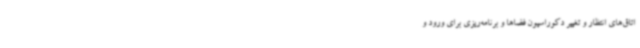
اتاق‌های انتظار و تغییر دکوراسیون فضاها و برنامه‌ریزی برای ورود و